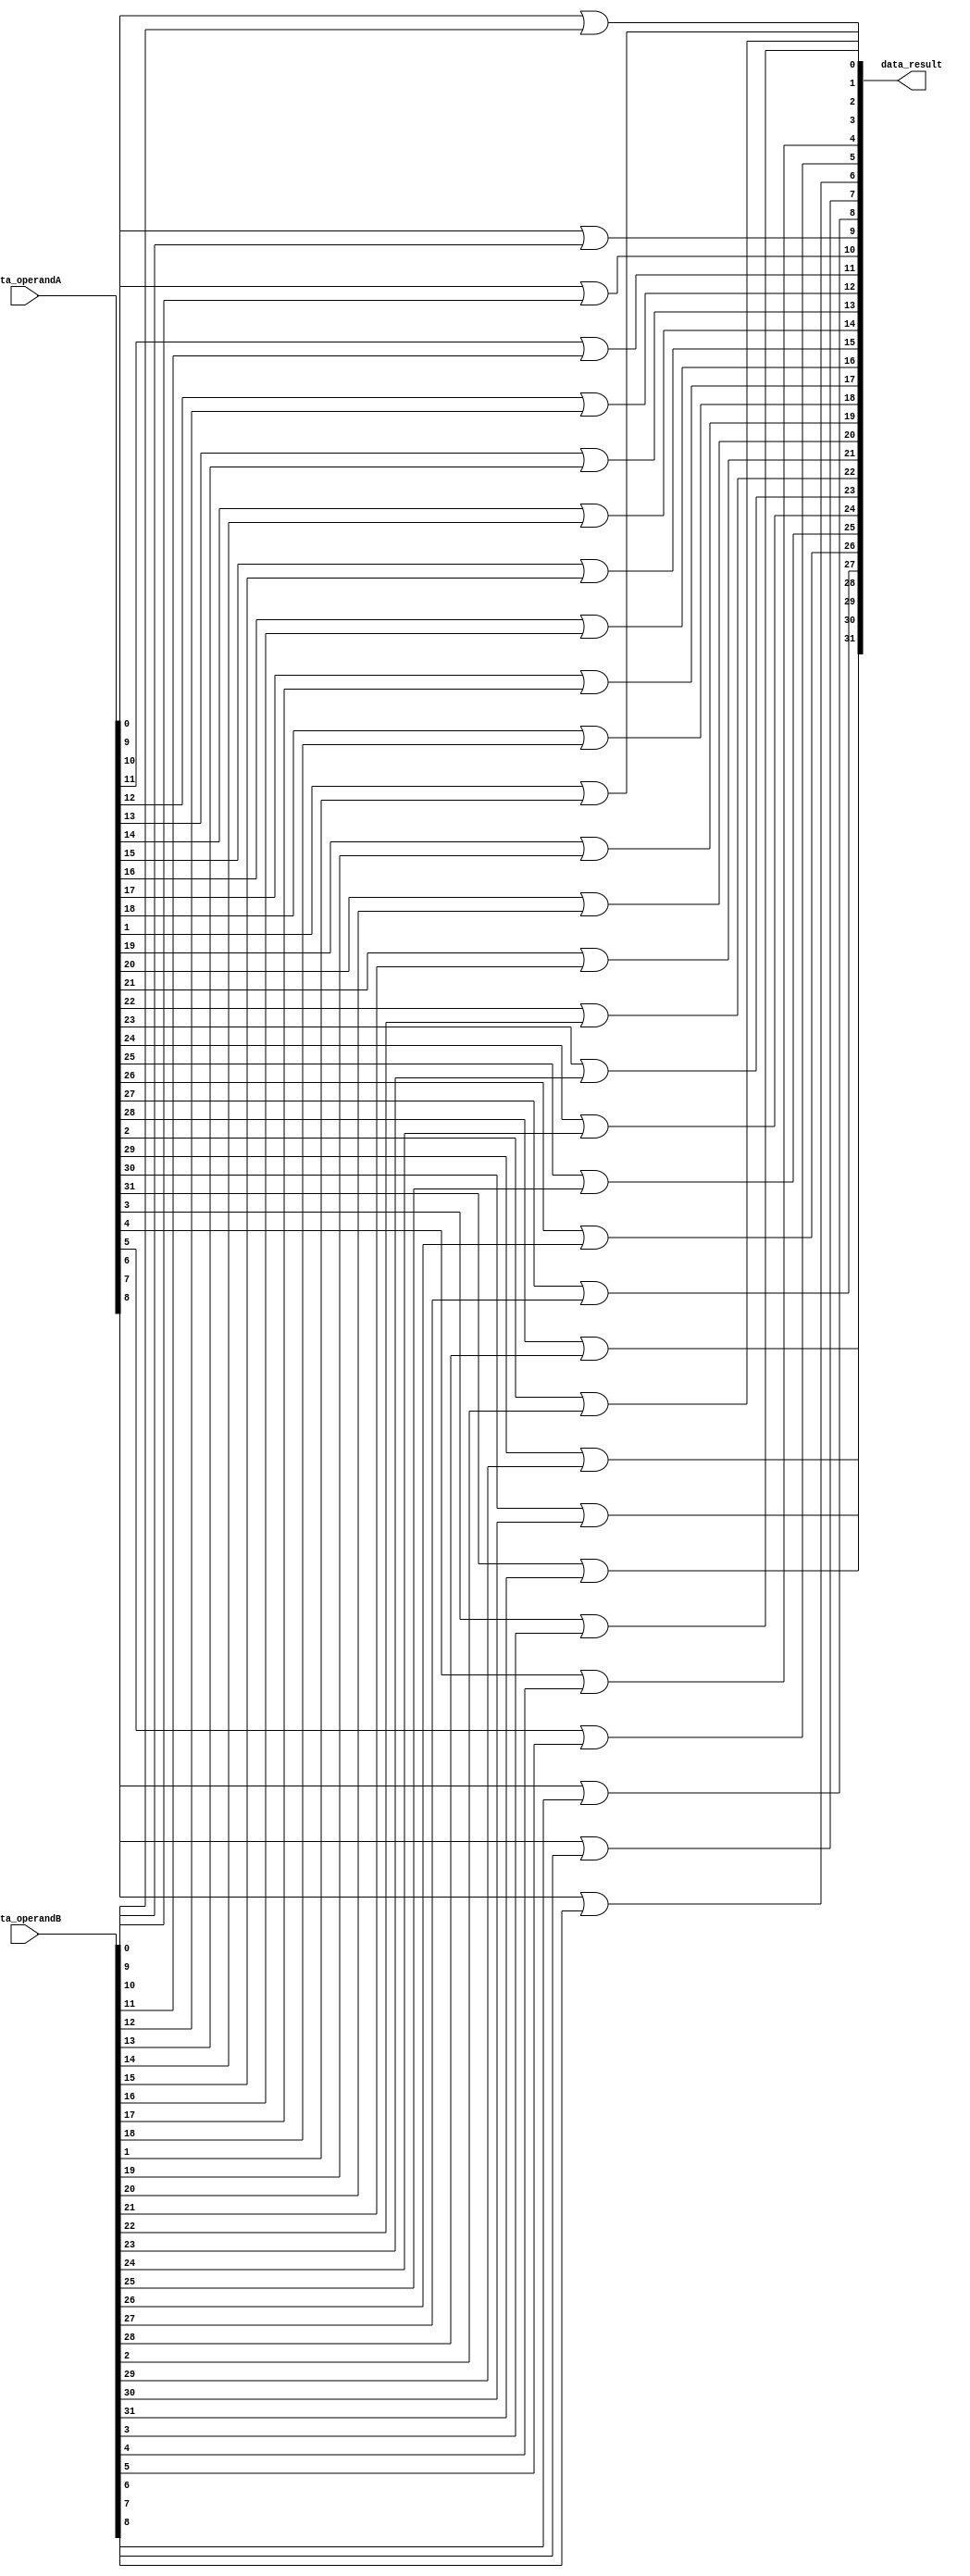
module or_32(data_operandA, data_operandB, data_result);
	//this module will return the and result of A or B
	input [31:0] data_operandA, data_operandB;
	
	output [31:0] data_result;
	
	//create 32 or gates
	genvar i;
	generate	
		for(i=0;i<32;i=i+1) begin: orGate
				or or_gate(data_result[i], data_operandA[i], data_operandB[i]);
		end
	endgenerate
	
endmodule